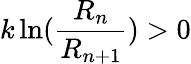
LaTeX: k\ln({\frac{R_{n}}{R_{n+1}}})>0